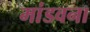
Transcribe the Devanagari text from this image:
मांडवना